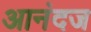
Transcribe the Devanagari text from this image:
आनंदज